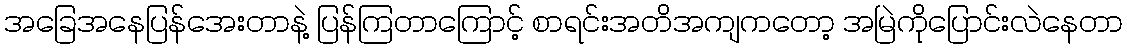
အခြေအနေပြန်အေးတာနဲ့ ပြန်ကြတာကြောင့် စာရင်းအတိအကျကတော့ အမြဲကိုပြောင်းလဲနေတာ